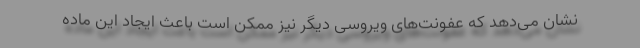
نشان می‌دهد که عفونت‌های ویروسی دیگر نیز ممکن است باعث ایجاد این ماده